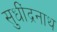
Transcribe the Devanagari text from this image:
सुधींद्रनाथ